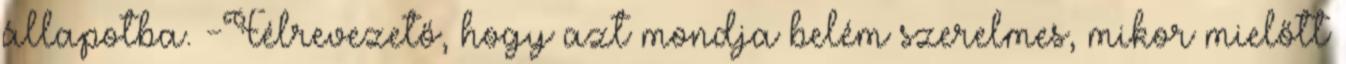
állapotba. -Félrevezető, hogy azt mondja belém szerelmes, mikor mielőtt